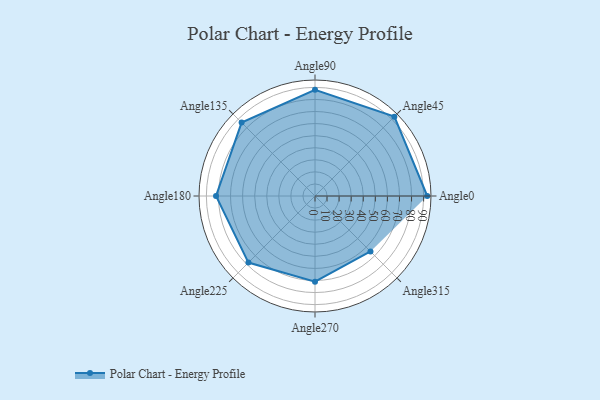
{"axis": {"x": "Angle", "y": "Radius"}, "legend": [""], "data": [{"x": "Angle0", "y": 93.0, "type": ""}, {"x": "Angle45", "y": 93.0, "type": ""}, {"x": "Angle90", "y": 88.0, "type": ""}, {"x": "Angle135", "y": 86.0, "type": ""}, {"x": "Angle180", "y": 82.0, "type": ""}, {"x": "Angle225", "y": 78.0, "type": ""}, {"x": "Angle270", "y": 71.0, "type": ""}, {"x": "Angle315", "y": 65.0, "type": ""}]}